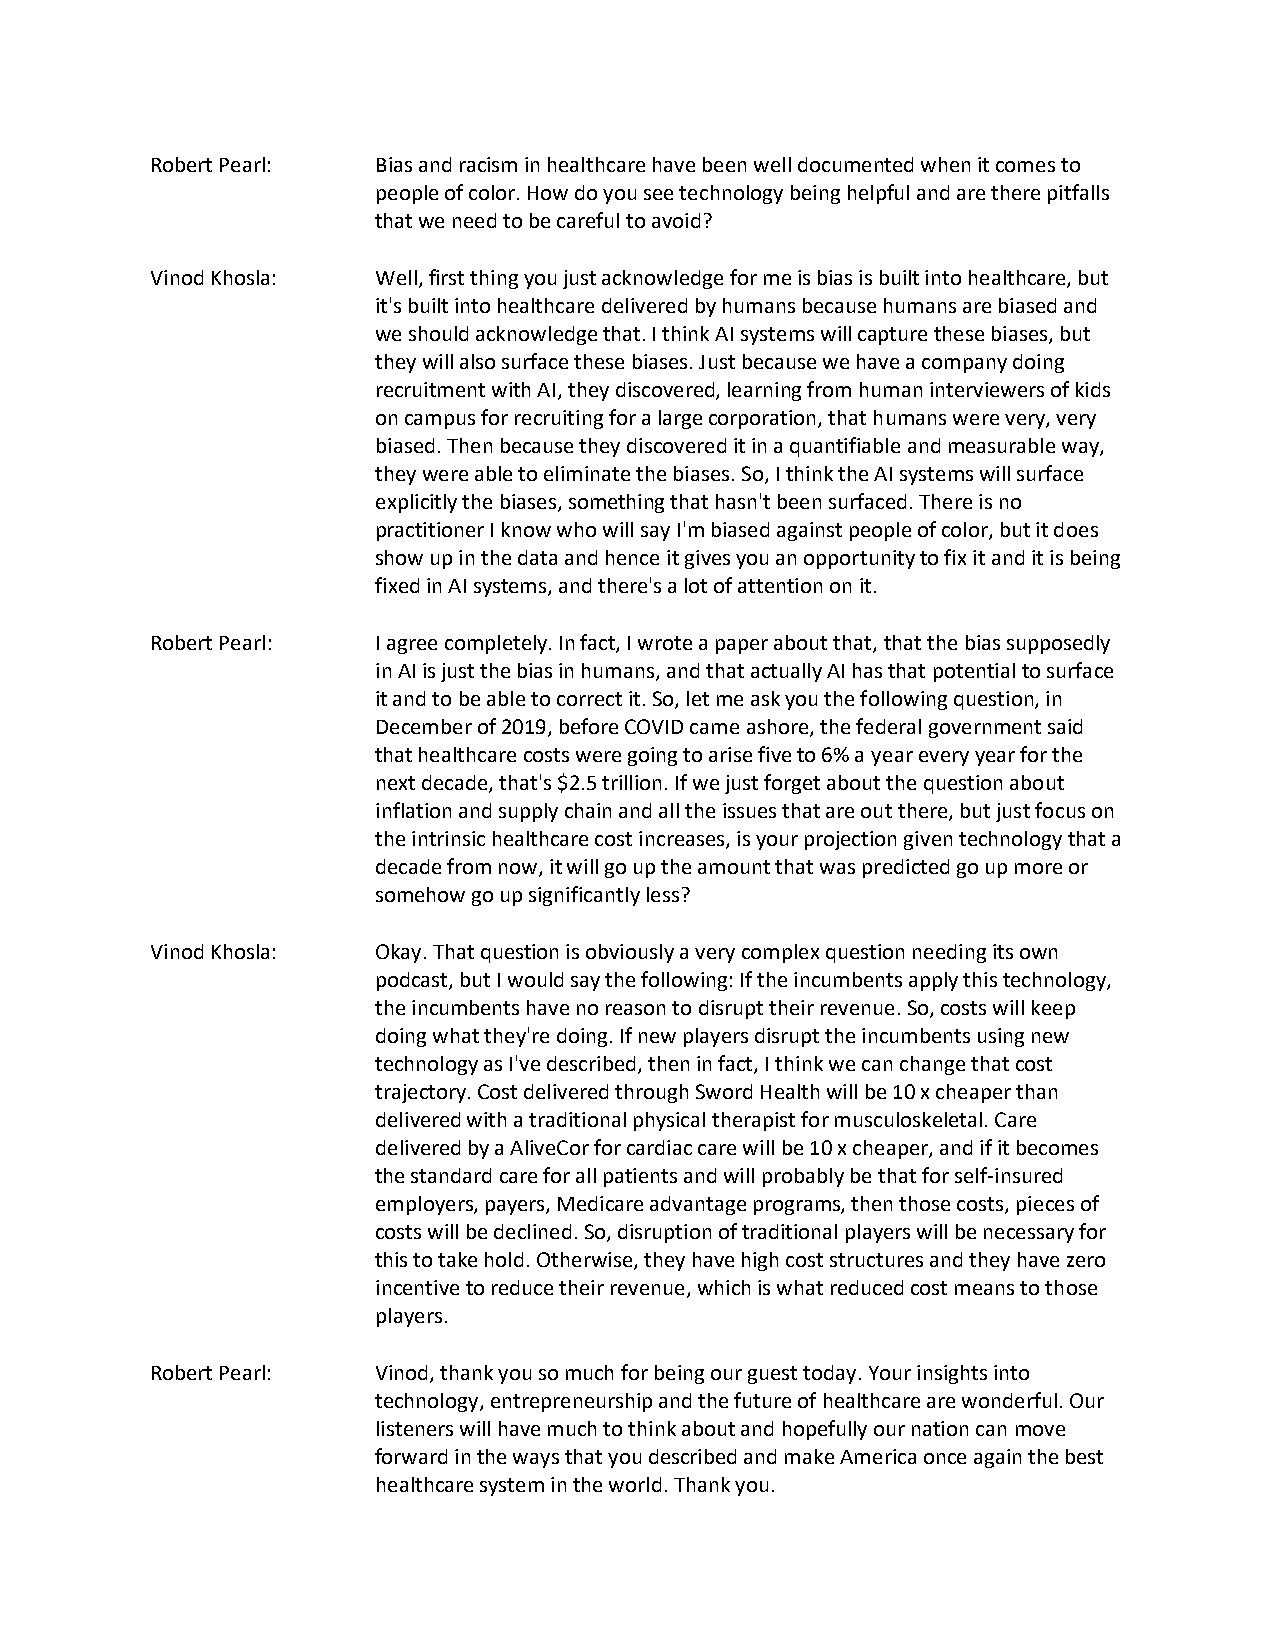
Robert Pearl:  Bias and racism in healthcare have been well documented when it comes to
 people of color. How do you see technology being helpful and are there pitfalls
 that we need to be careful to avoid?
 Vinod Khosla:  Well, first thing you just acknowledge for me is bias is built into healthcare, but
 it's built into healthcare delivered by humans because humans are biased and
 we should acknowledge that. I think AI systems will capture these biases, but
 they will also surface these biases. Just because we have a company doing
 recruitment with AI, they discovered, learning from human interviewers of kids
 on campus for recruiting for a large corporation, that humans were very, very
 biased. Then because they discovered it in a quantifiable and measurable way,
 they were able to eliminate the biases. So, I think the AI systems will surface
 explicitly the biases, something that hasn't been surfaced. There is no
 practitioner I know who will say I'm biased against people of color, but it does
 show up in the data and hence it gives you an opportunity to fix it and it is being
 fixed in AI systems, and there's a lot of attention on it.
 Robert Pearl:  I agree completely. In fact, I wrote a paper about that, that the bias supposedly
 in AI is just the bias in humans, and that actually AI has that potential to surface
 it and to be able to correct it. So, let me ask you the following question, in
 December of 2019, before COVID came ashore, the federal government said
 that healthcare costs were going to arise five to 6% a year every year for the
 next decade, that's $2.5 trillion. If we just forget about the question about
 inflation and supply chain and all the issues that are out there, but just focus on
 the intrinsic healthcare cost increases, is your projection given technology that a
 decade from now, it will go up the amount that was predicted go up more or
 somehow go up significantly less?
 Vinod Khosla:  Okay. That question is obviously a very complex question needing its own
 podcast, but I would say the following: If the incumbents apply this technology,
 the incumbents have no reason to disrupt their revenue. So, costs will keep
 doing what they're doing. If new players disrupt the incumbents using new
 technology as I've described, then in fact, I think we can change that cost
 trajectory. Cost delivered through Sword Health will be 10 x cheaper than
 delivered with a traditional physical therapist for musculoskeletal. Care
 delivered by a AliveCor for cardiac care will be 10 x cheaper, and if it becomes
 the standard care for all patients and will probably be that for self-insured
 employers, payers, Medicare advantage programs, then those costs, pieces of
 costs will be declined. So, disruption of traditional players will be necessary for
 this to take hold. Otherwise, they have high cost structures and they have zero
 incentive to reduce their revenue, which is what reduced cost means to those
 players.
 Robert Pearl:  Vinod, thank you so much for being our guest today. Your insights into
 technology, entrepreneurship and the future of healthcare are wonderful. Our
 listeners will have much to think about and hopefully our nation can move
 forward in the ways that you described and make America once again the best
 healthcare system in the world. Thank you.